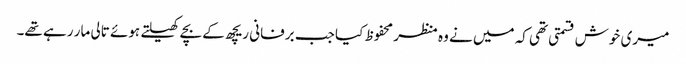
میری خوش قسمتی تھی کہ میں نے وہ منظر محفوظ کیا جب برفانی ریچھ کے بچے کھیلتے ہوئے تالی مار رہے تھے۔